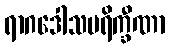
ရာဂဒေါသပရိက္ခီဏာ